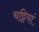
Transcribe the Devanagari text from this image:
चट्टियां